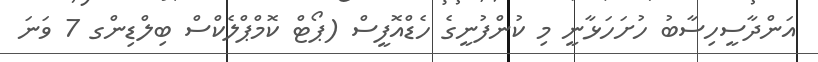
އަންދާސީހިސާބު ހުށަހަޅާނީ މި ކުންފުނީގެ ހެޑްއޮފީސް (ޕޯޓް ކޮމްޕްލެކްސް ބިލްޑިންގ 7 ވަނަ